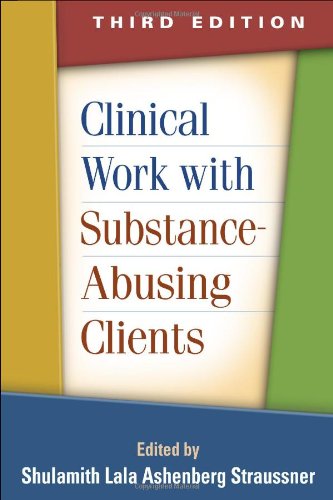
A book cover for Clinical Work with Substance-Abusing Clients, Third Edition (Guilford Substance Abuse Series); Medical Books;